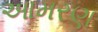
આમરણ